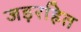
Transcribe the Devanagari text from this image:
जड़रहित